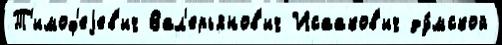
Т'имоф'еjев'ич Вал'ерьянов'ич Исааков'ич ду́мской